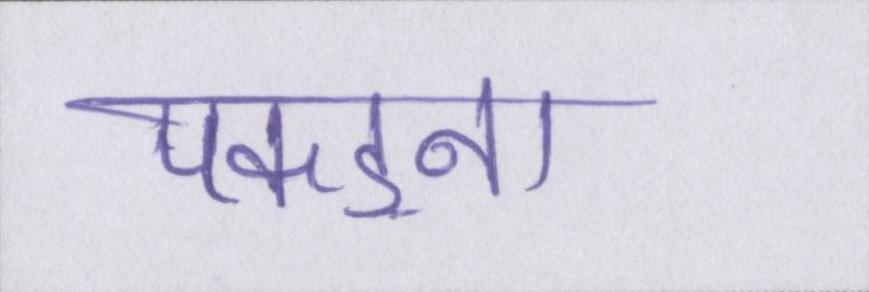
पकड़ना